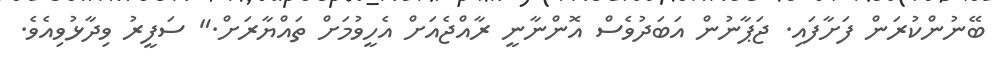
ބޭނުންކުރަން ފަށާފައި. ޖަޕާނުން އަބަދުވެސް އޮންނާނީ ރާއްޖެއަށް އެހީވުމަށް ތައްޔާރަށް." ސަފީރު ވިދާޅުވިއެވެ.